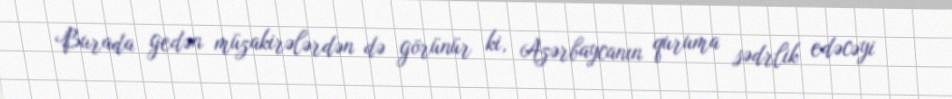
Burada gedən müzakirələrdən də görünür ki, Azərbaycanın quruma sədrlik edəcəyi